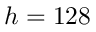
h = 1 2 8